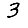
Digit: 3